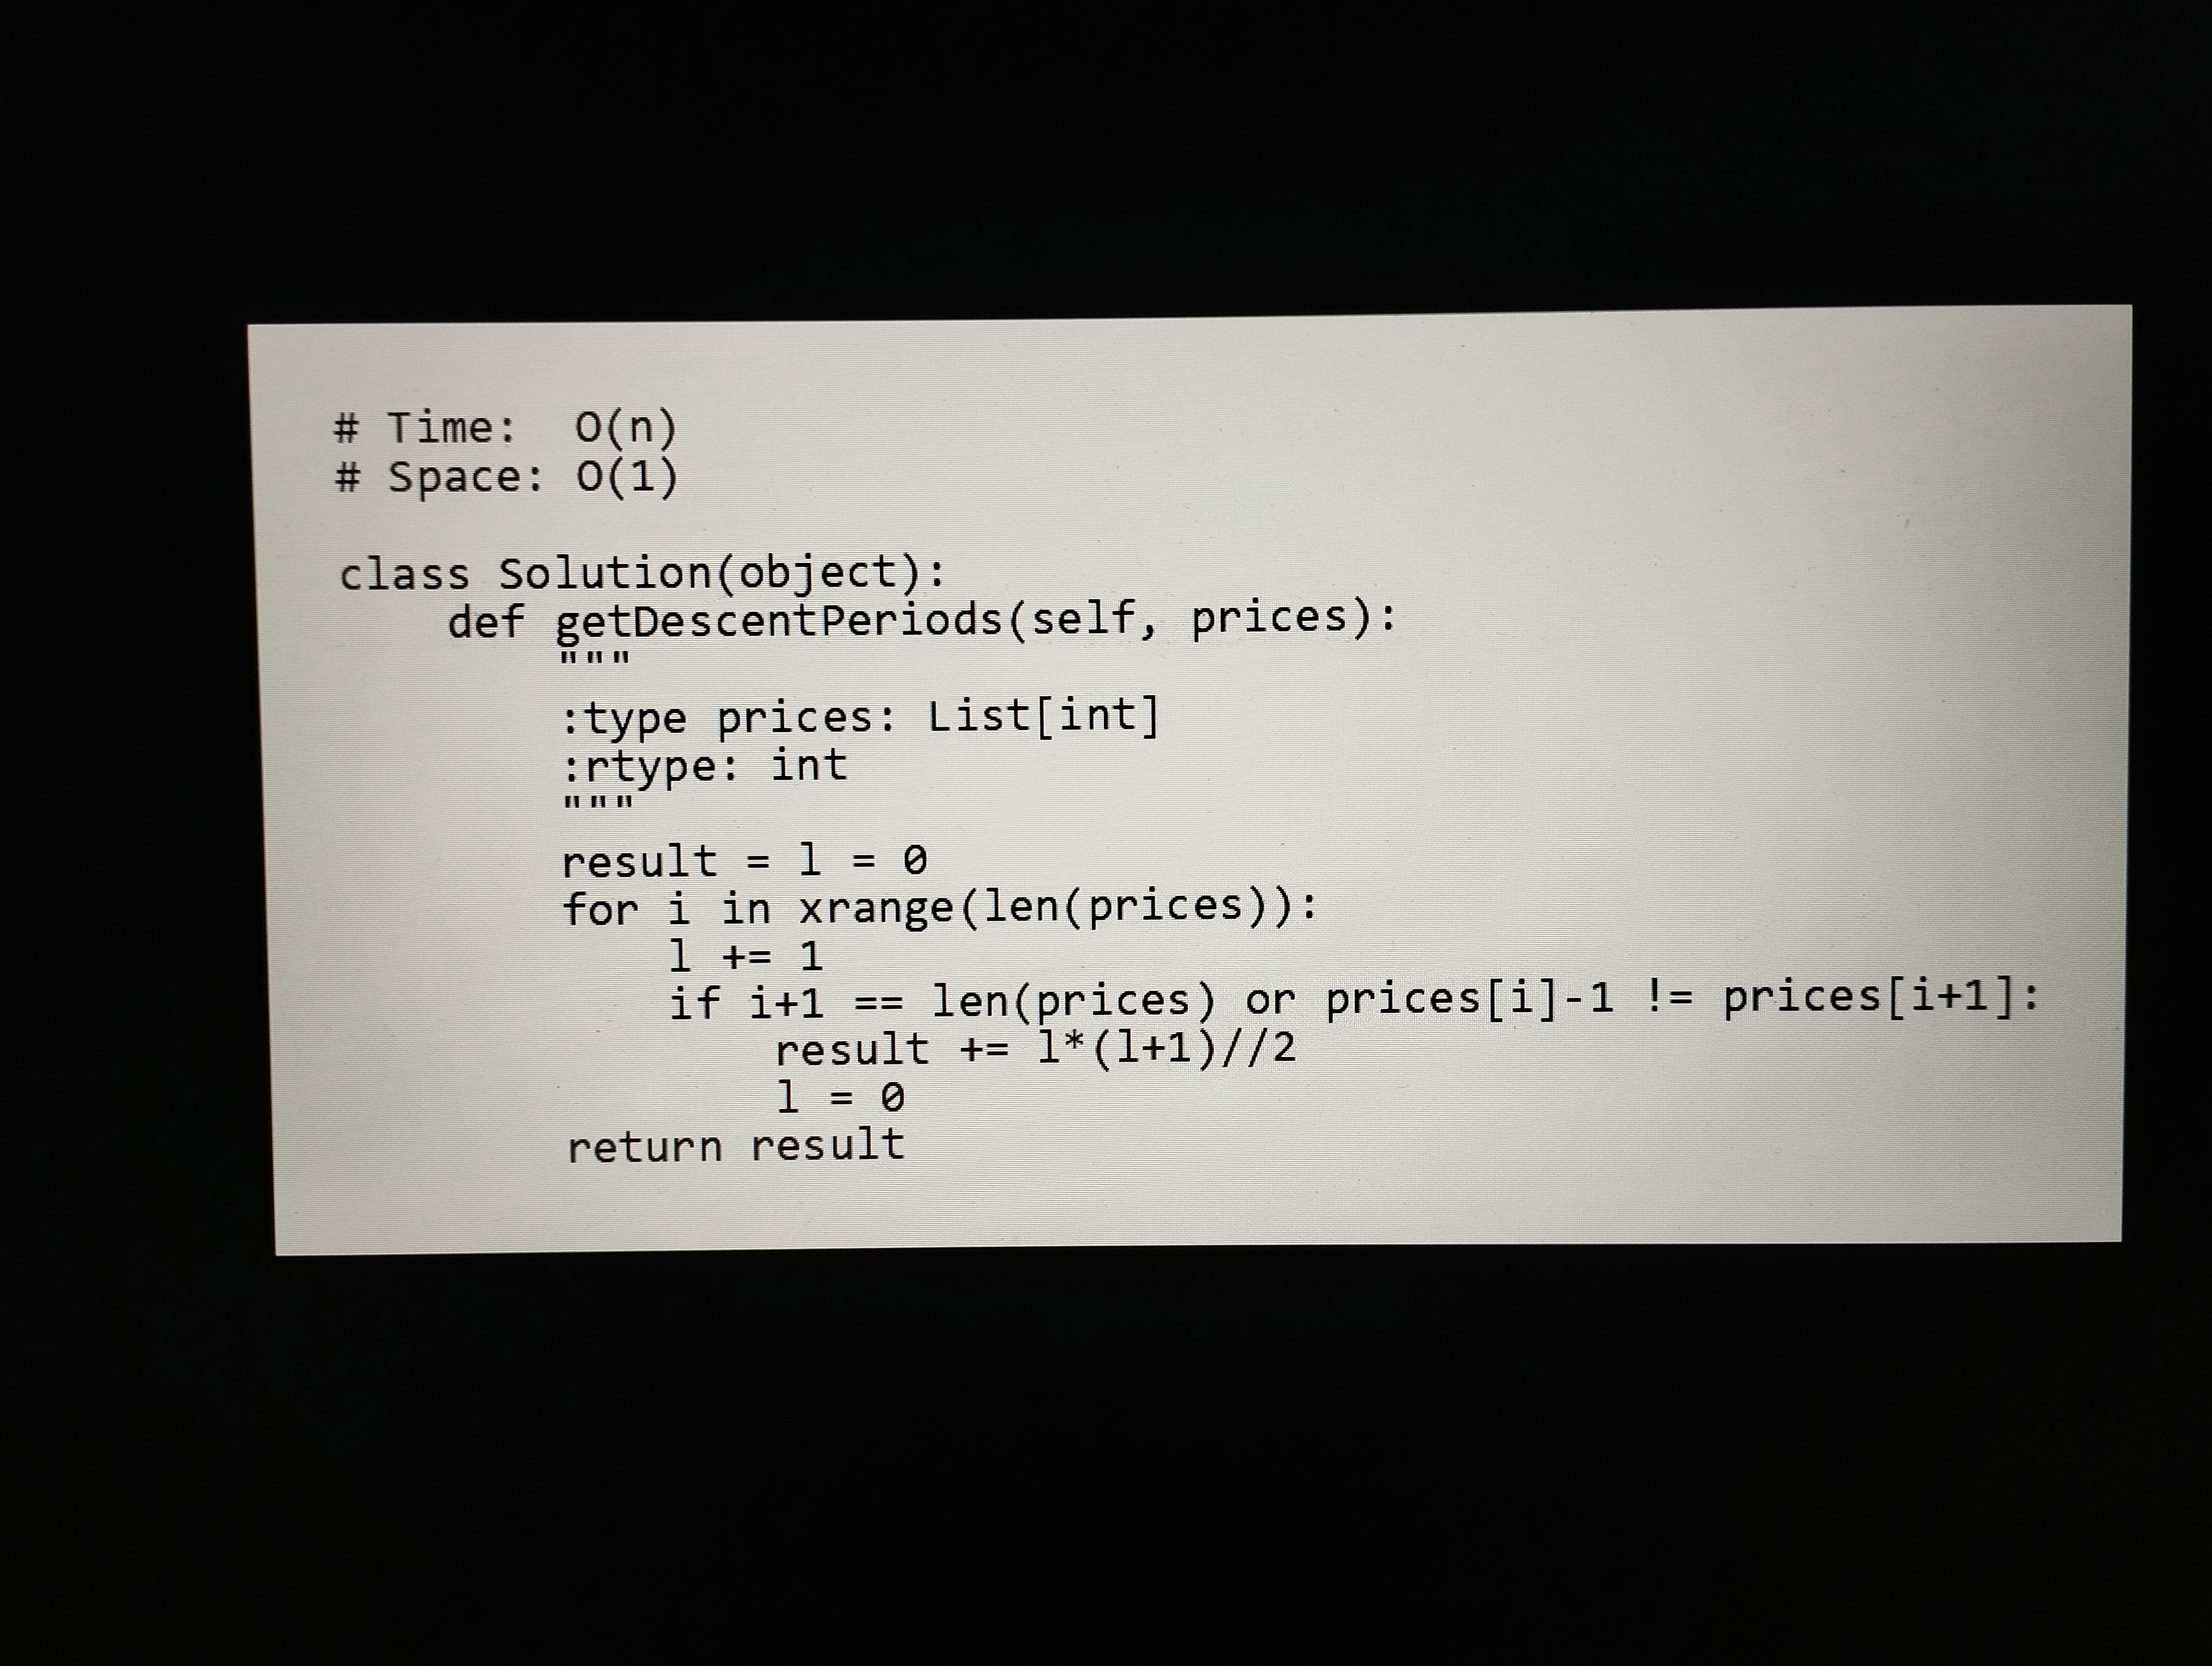
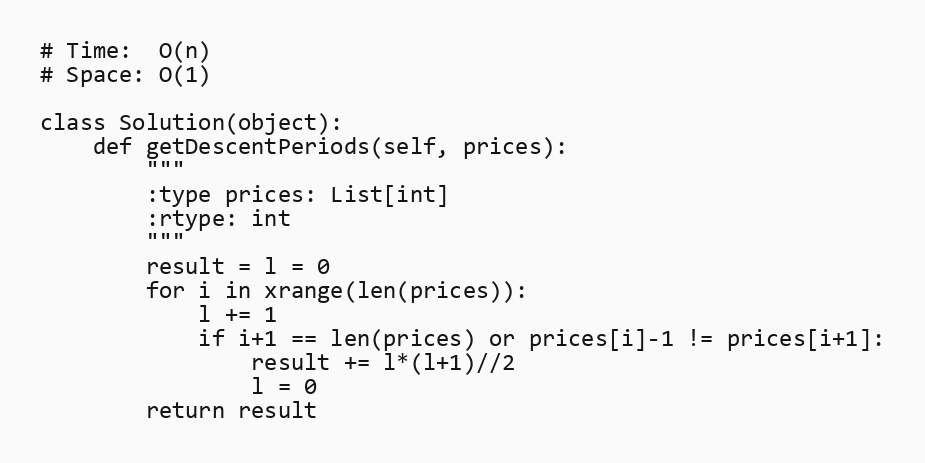
# Time:  O(n)
# Space: O(1)

class Solution(object):
    def getDescentPeriods(self, prices):
        """
        :type prices: List[int]
        :rtype: int
        """
        result = l = 0
        for i in xrange(len(prices)):
            l += 1
            if i+1 == len(prices) or prices[i]-1 != prices[i+1]:
                result += l*(l+1)//2
                l = 0
        return result